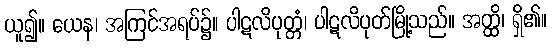
ယူ၍။ ယေန၊ အကြင်အရပ်၌။ ပါဋလိပုတ္တံ၊ ပါဋလိပုတ်မြို့သည်။ အတ္ထိ၊ ရှိ၏။